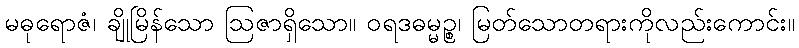
မဓုရောဇံ၊ ချိုမြိန်သော ဩဇာရှိသော။ ဝရဒဓမ္မဉ္စ၊ မြတ်သောတရားကိုလည်းကောင်း။